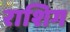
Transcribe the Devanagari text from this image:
राशिग